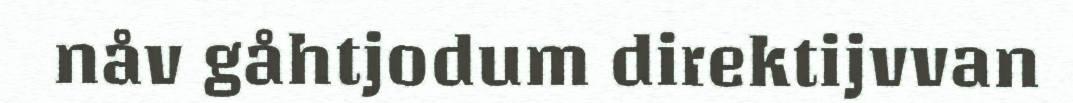
nåv gåhtjodum direktijvvan